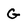
Character: G